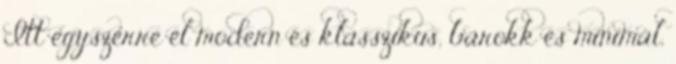
Itt egyszerre él modern és klasszikus, barokk és minimál,